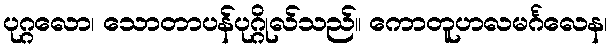
ပုဂ္ဂလော၊ သောတာပန်ပုဂ္ဂိုလ်သည်။ ကောတူဟလမင်္ဂလေန၊